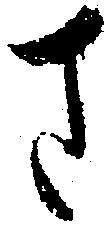
さ